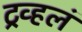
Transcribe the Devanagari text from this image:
ट्रव्हलं